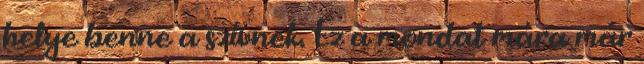
helye benne a szívnek. Ez a mondat mára már